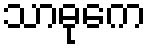
သာဓုကေ